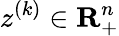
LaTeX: z^{(k)}\in\mathbf{R}_{+}^{n}